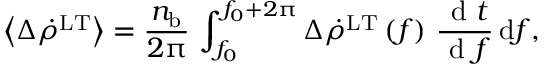
\left\langle \Delta \dot { \rho } ^ { \mathrm { L T } } \right\rangle = \frac { n _ { \mathrm { b } } } { 2 \uppi } \, \int _ { f _ { 0 } } ^ { f _ { 0 } + 2 \uppi } \Delta \dot { \rho } ^ { \mathrm { L T } } \left( f \right) \, \frac { { { \textrm { d } } } { t } } { { { \textrm { d } } } { f } } \, \mathrm { d } f ,